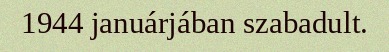
1944 januárjában szabadult.